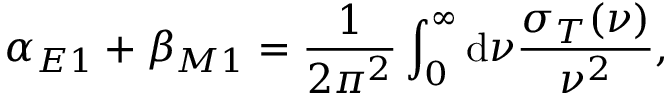
\alpha _ { E 1 } + \beta _ { M 1 } = \frac { 1 } { 2 \pi ^ { 2 } } \int _ { 0 } ^ { \infty } \mathrm { d } \nu \frac { \sigma _ { T } ( \nu ) } { \nu ^ { 2 } } ,